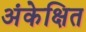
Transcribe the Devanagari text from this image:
अंकेक्षित